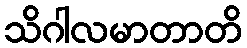
သိဂါလမာတာတိ